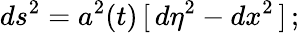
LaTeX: ds^{2}=a^{2}(t)\, [\, d{\eta}^{2}-dx^{2}\, ]\, ;